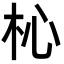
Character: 杺